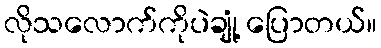
လိုသလောက်ကိုပဲချုံ့ ပြောတယ်။